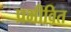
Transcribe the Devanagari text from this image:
प्रभीवित